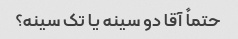
حتماً آقا دو سینه یا تک سینه؟